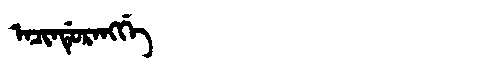
Manchu: ᠠᠴᡳᠨᡩᡠᡵᠠᠩᡤᡝ
Romanization: ACINDURANGGE